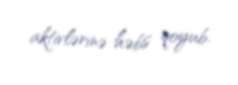
aktivlərinə həbs qoyub.